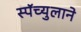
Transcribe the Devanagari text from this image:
स्पॅच्युलाने